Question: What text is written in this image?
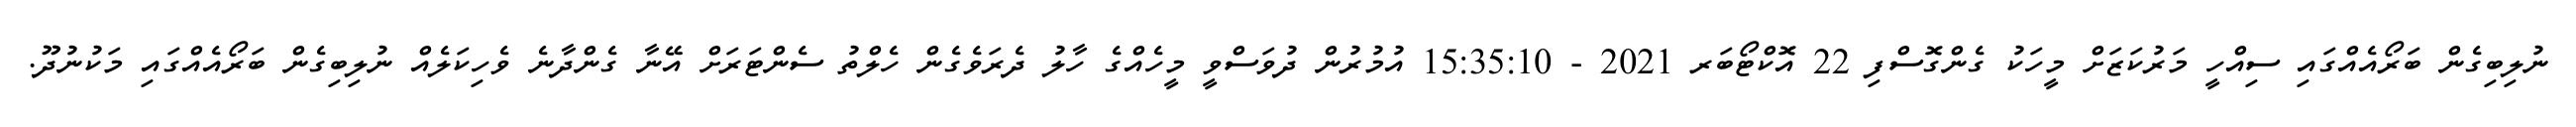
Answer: ނުލިބިގެން ބަރޯއެއްގައި ސިއްހީ މަރުކަޒަށް މީހަކު ގެންގޮސްފި 22 އޮކްޓޯބަރ 2021 - 15:35:10 އުމުރުން ދުވަސްވީ މީހެއްގެ ހާލު ދެރަވެގެން ހެލްތު ސެންޓަރަށް އޭނާ ގެންދާނެ ވެހިކަލެއް ނުލިބިގެން ބަރޯއެއްގައި މަކުނުދޫ.